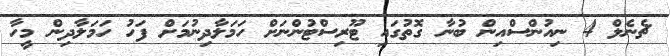
ޗެނެލް 4 ނިއުންސްއިން ބުނާ ގޮތުގައި ޓޫރިސްޓުންނަށް ހަމަލާދިނުމަށް ފަހު ހަމަލާދިން މީހާ